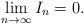
LaTeX: \begin{align*}\lim_{n\to\infty}I_n = 0.\end{align*}